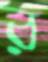
র